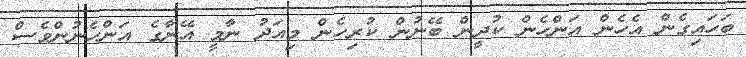
ބަހައިގެން އެހެން އަންހެން ކުދީން ބޭނުން ކުރިހެން މިއަދު ނާމީ އޭނާގެ އަންހެނުންވެސް